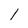
Character: 1